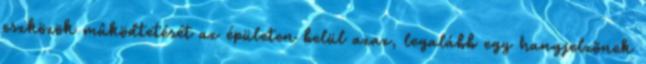
eszközök mûködtetését az épületen belül azaz, legalább egy hangjelzõnek